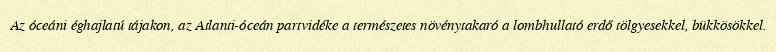
Az óceáni éghajlatú tájakon, az Atlanti-óceán partvidéke a természetes növénytakaró a lombhullató erdő tölgyesekkel, bükkösökkel.